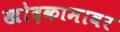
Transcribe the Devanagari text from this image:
खोदकामावर